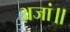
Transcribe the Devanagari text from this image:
अजां॥